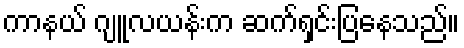
ကာနယ် ဂျူလယန်းက ဆက်ရှင်းပြနေသည်။